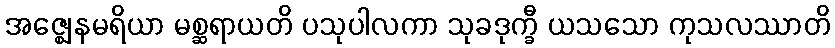
အဇ္ဈေနမရိယာ မစ္ဆရာယတိ ပသုပါလကာ သုခဒုက္ခီ ယသသော ကုသလဿာတိ